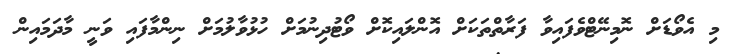
މި އެވޯޑަށް ނޮމިނޭޓްވެފައިވާ ފަރާތްތަކަށް އޮންލައިކޮށް ވޯޓުދިނުމަށް ހުޅުވާލުމަށް ނިންމާފައި ވަނީ މާދަމައިން